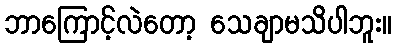
ဘာကြောင့်လဲတော့ သေချာမသိပါဘူး။